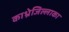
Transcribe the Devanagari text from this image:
काभ्रेजिल्लाका